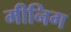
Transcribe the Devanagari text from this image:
मीनिग